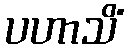
ပဟာသိံ